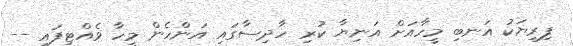
ފިރިޔަކު އަނބި މީހާއަށް އަނިޔާ ކުރި ހާދިސާގައި އަންހެން މީހާ ވެއްޓިފައި --